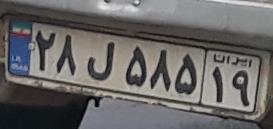
۲۸ل۵۸۵۱۹